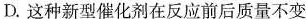
D.这种新型催化剂在反应前后质量不变